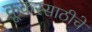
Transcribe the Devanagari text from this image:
कूकरसाठीचे